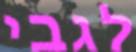
לגבי